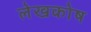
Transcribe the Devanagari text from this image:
लेखकोष